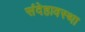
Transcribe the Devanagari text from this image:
संदेहावस्था